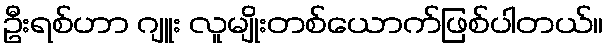
ဦးရစ်ဟာ ဂျူး လူမျိုးတစ်ယောက်ဖြစ်ပါတယ်။